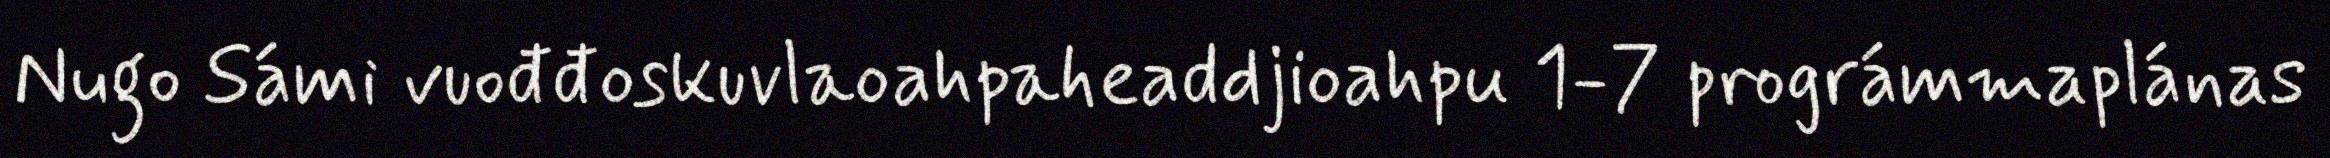
Nugo Sámi vuođđoskuvlaoahpaheaddjioahpu 1-7 prográmmaplánas